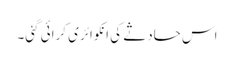
اس حادثے کی انکوائری کرائی گئی۔